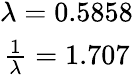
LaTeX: \begin{array}{c}{\lambda=0.5858}\\ {\frac{1}{\lambda}=1.707}\end{array}